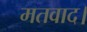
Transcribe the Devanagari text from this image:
मतवाद।